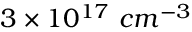
3 \times 1 0 ^ { 1 7 } ~ c m ^ { - 3 }